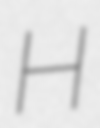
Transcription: H